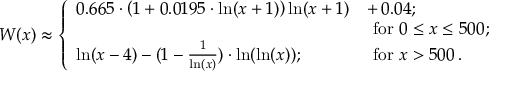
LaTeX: W ( x ) \approx \left\{ \begin{array} { l l } { { 0 . 6 6 5 \cdot \left( 1 + 0 . 0 1 9 5 \cdot \ln ( x + 1 ) \right) \ln ( x + 1 ) } } & { { + \, 0 . 0 4 ; } } \\ { { } } & { { \mathrm { \ f o r \ } 0 \leq x \leq 5 0 0 ; } } \\ { { \ln ( x - 4 ) - ( 1 - \frac { 1 } { \ln ( x ) } ) \cdot \ln ( \ln ( x ) ) ; } } & { { \mathrm { \ f o r \ } x > 5 0 0 \, . } } \end{array} \right.